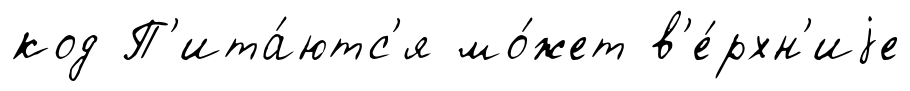
код П'ита́ютс'я мо́жет в'е́рхн'иjе